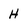
Character: H